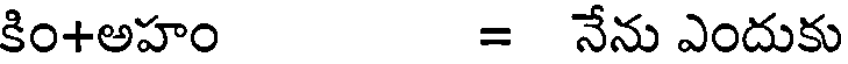
కిం+అహం = నేను ఎందుకు